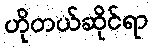
ဟိုတယ်ဆိုင်ရာ